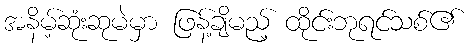
အနိမ့်ဆုံးဆုမဲမှာ ဖြန့်ချိမည့် ထိုင်းဘုရင်သစ်၏